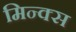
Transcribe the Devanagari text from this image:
मिन्क्स